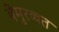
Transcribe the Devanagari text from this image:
बेमुरव्वत